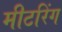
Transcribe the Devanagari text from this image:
मीटरिंग